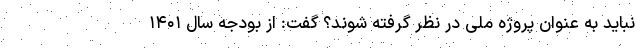
نباید به عنوان پروژه ملی در نظر گرفته شوند؟ گفت: از بودجه سال ۱۴۰۱